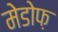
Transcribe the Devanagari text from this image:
मेडोफ़